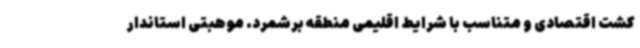
کشت اقتصادی و متناسب با شرایط اقلیمی منطقه برشمرد. موهبتی استاندار